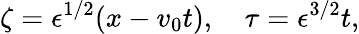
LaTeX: \zeta=\epsilon^{1/2}(x-v_{0}t),~~~~\tau=\epsilon^{3/2}t,